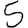
Digit: 5